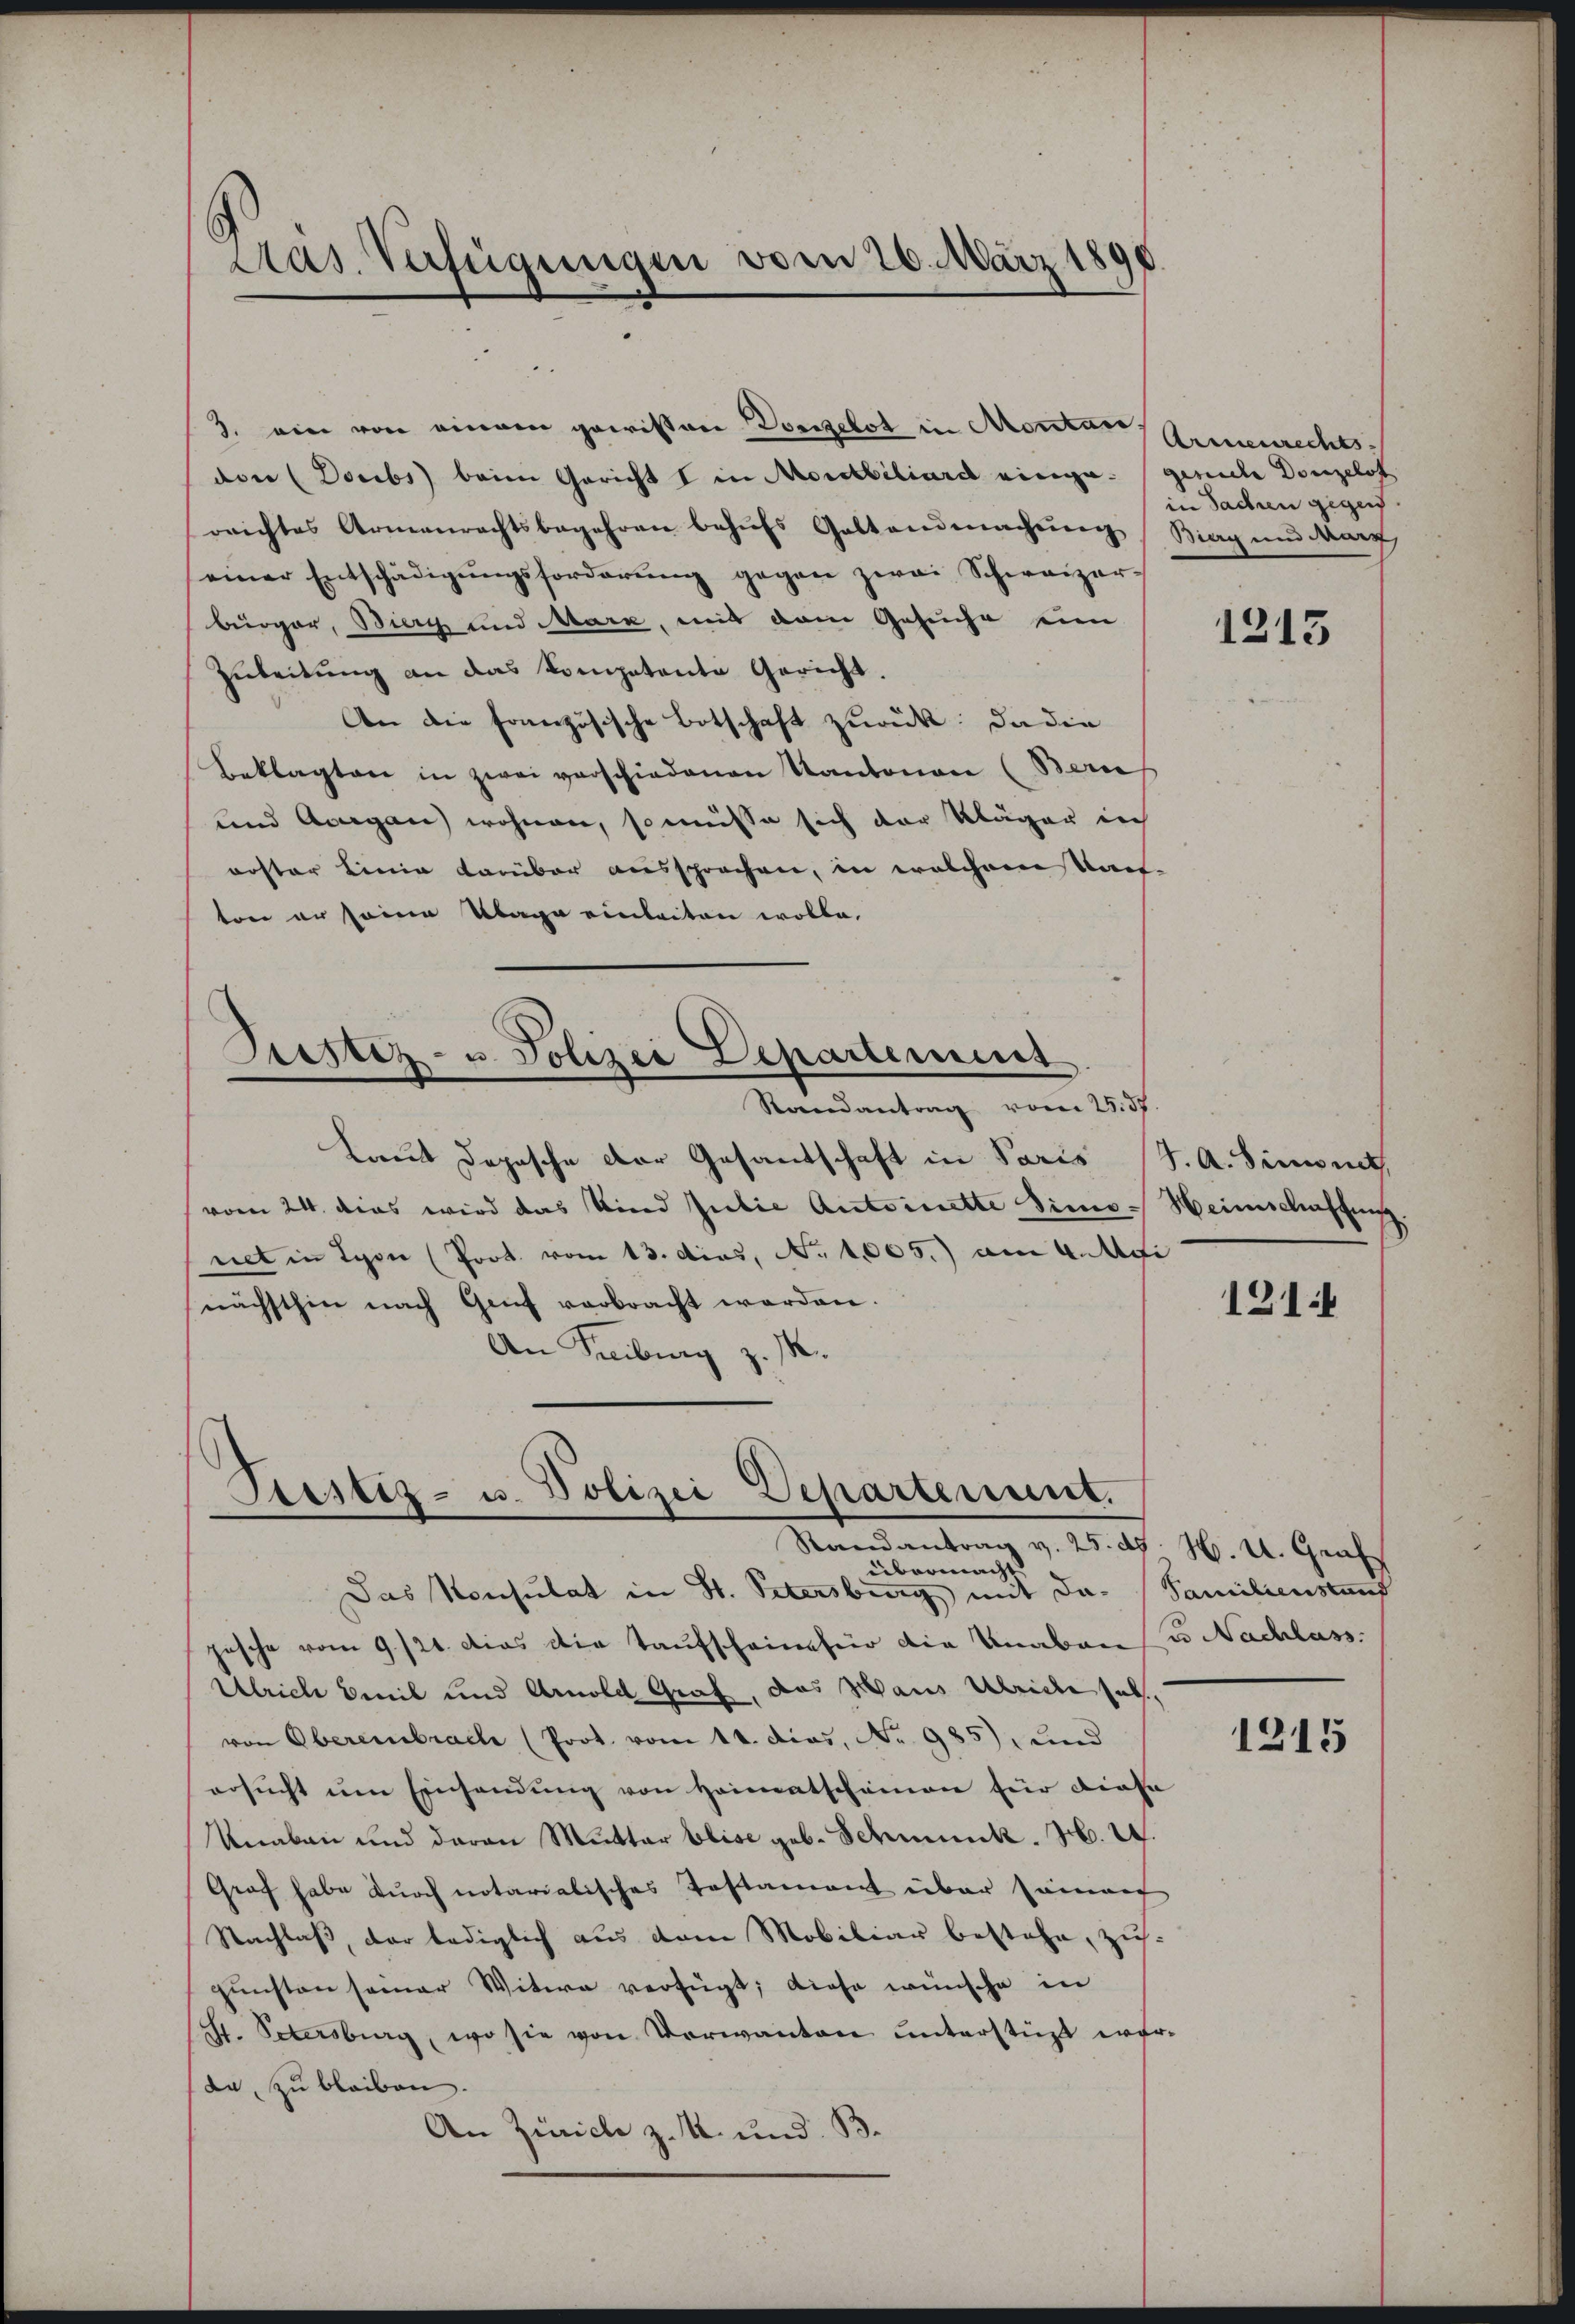
tras Verfügungen vom 20. März 1890

3. ein von einem gewissen Vorgebot in Montan.
dor (Docibs) beim Gericht I in Mortbiliard einige geriche Denzlos
rrichtes Armenrechtsbegehren behŭfs Geltendmachŭng Bieg und dann
einer Entschädigŭngsforderŭng gegen zwei Schweizer-
bürger, Bierg und Mara, mit dem Gesuche ein
Zuleitŭng an das Kompetente Gericht.
An die französische Botschaft zurück. Da die
Beklagten in zwei verschiedenen Kantonen (Bern
und Aargau) wohnen, so müsse sich der Kläger ich
roster Linie darüber aussprechen, in welchem Kauf-
ton er seine Klage einleiten wolle.

Justiz- u. Polizei Departement
Randantrag vom 25. 57.

Laut Depesche der Gesandtschaft in Paris J. A. Sinnet,
vom 24. dies wird das Kind Julie Antoinette Simo
net in Lyon (Prot. vom 13. dies, No 1005.) am 4. Api
nächsthin nach Genf verbracht werden.
An Freiburg z. M.

Prestiz- u. Polizei Departement.
Randantrag v. 25. d. M. U. Graf
übermacht |

Armenrechts-
in Sachen gegen

Das Konsulat in St. Petersburg mit da. (Familienstand
jesche vom 9./21. dies die Taufscheinfür die Knaben u. Nachlass
Ulrich beil und Arnold Graf, das Schaus Ulriche hab
von Oberembrach (Prot. vom 14. dies, No 985), und
ersŭcht ŭm Einsendŭng von Heimatscheinen für diese
Knaben und daran Mutter beise geb. Schmuck. H. I.
Graf habe durch notariatisches Testament über sammer
Nachlaß, der lediglich aus dem Mobiliar bestehe, zugŭnsten seiner Witwe verfügt; diese wünsche in
St. Petersburg, wo sie von Verwanten unterstüzt werda, zu bleiben.
An Zürich z. K. und. B.

1213

Heinschaffung

1211

1215